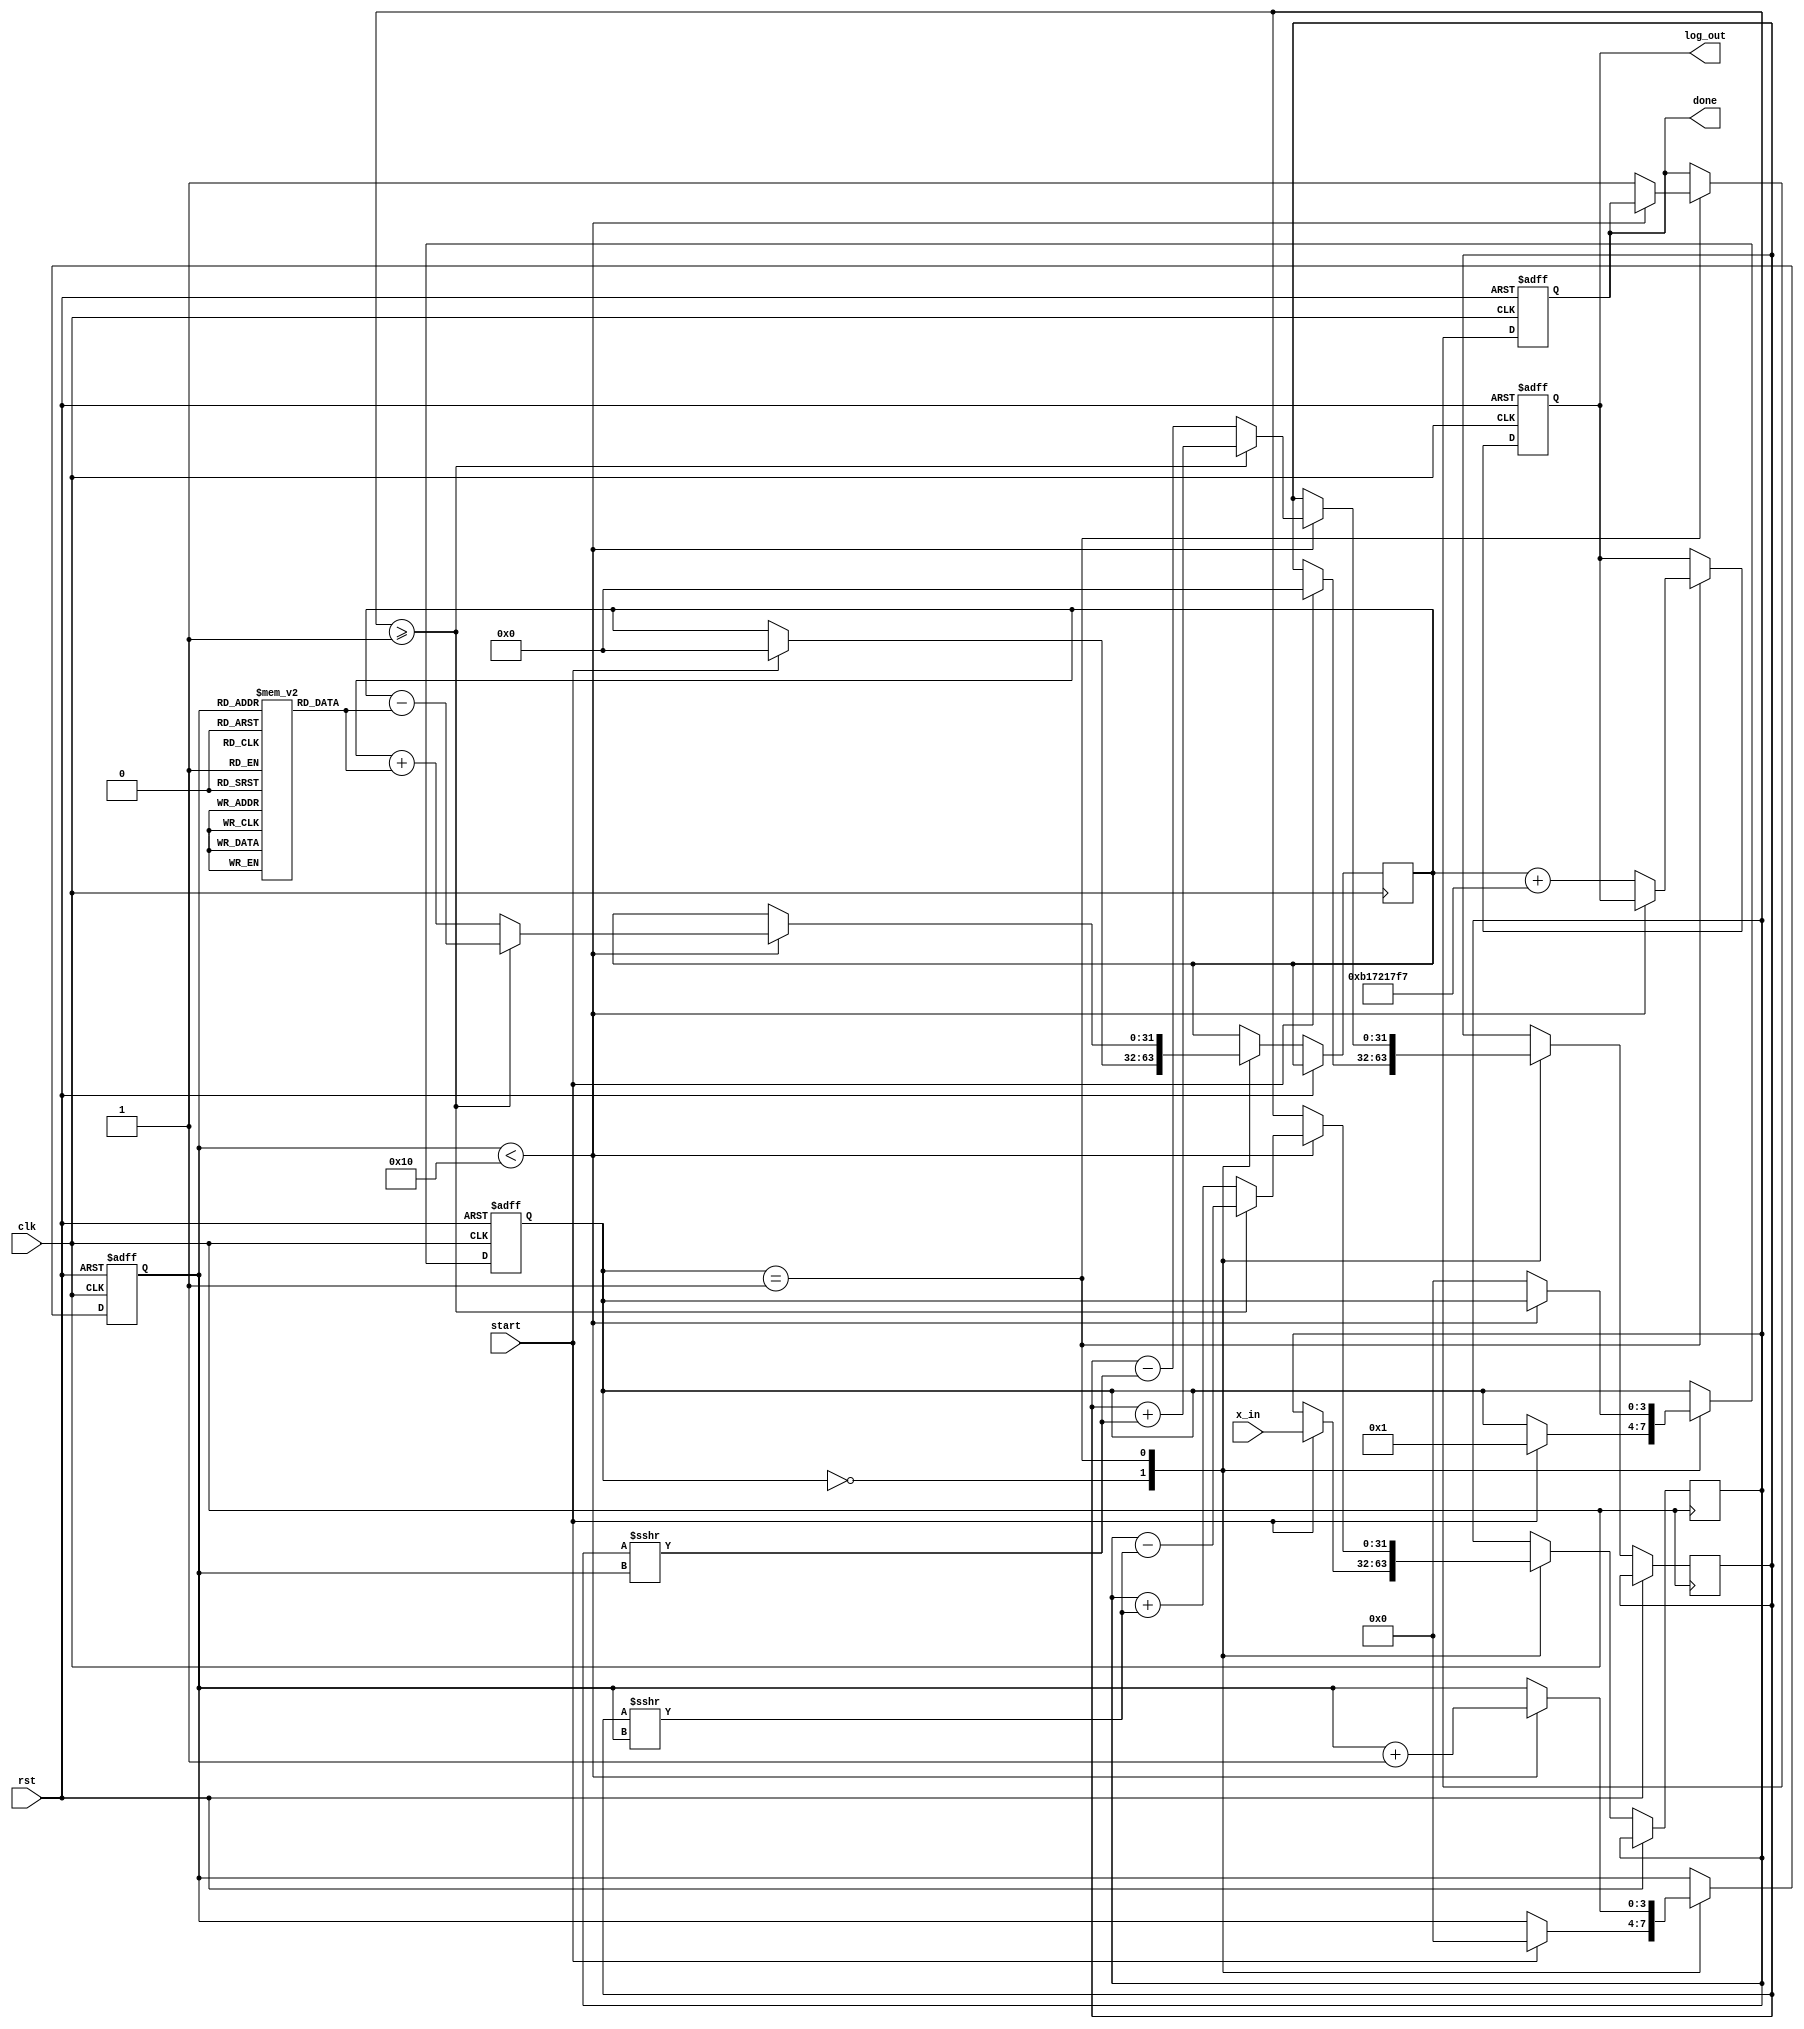
module cordic_log (
    input wire clk,
    input wire rst,
    input wire start,
    input wire [31:0] x_in,  // Input: positive floating-point number
    output reg [31:0] log_out, // Output: computed logarithm
    output reg done // Status signal to indicate completion
);

    parameter NUM_ITERATIONS = 16; // Number of CORDIC iterations
    parameter K = 32'hB17217F7; // Scaling factor (approx. 0.6072 in fixed-point)
    reg [31:0] x;
    reg [31:0] y;
    reg [31:0] z; // Angle accumulator
    reg [31:0] angle [0:NUM_ITERATIONS-1]; // Lookup table for arctangents
    reg [3:0] state; // State machine state
    reg [3:0] iter; // Iteration counter

    initial begin
        // Pre-compute arctangents for each CORDIC angle
        angle[0] = 32'h3248F5C3; // atan(2^-0)
        angle[1] = 32'h1DAC670B; // atan(2^-1)
        angle[2] = 32'h0FAE77D7; // atan(2^-2)
        angle[3] = 32'h07D2C78B; // atan(2^-3)
        angle[4] = 32'h03E1E812; // atan(2^-4)
        angle[5] = 32'h01FF9A82; // atan(2^-5)
        angle[6] = 32'h00FFFB32; // atan(2^-6)
        angle[7] = 32'h007FFF49; // atan(2^-7)
        angle[8] = 32'h003FFFFC; // atan(2^-8)
        angle[9] = 32'h001FFFFE; // atan(2^-9)
        angle[10] = 32'h000FFFFF; // atan(2^-10)
        angle[11] = 32'h0007FFFF; // atan(2^-11)
        angle[12] = 32'h0003FFFF; // atan(2^-12)
        angle[13] = 32'h0001FFFF; // atan(2^-13)
        angle[14] = 32'h0000FFFF; // atan(2^-14)
        angle[15] = 32'h00007FFF; // atan(2^-15)
    end

    // State Machine
    always @(posedge clk or posedge rst) begin
        if (rst) begin
            state <= 0;
            log_out <= 0;
            done <= 0;
            iter <= 0;
        end else begin
            case (state)
                0: begin
                    if (start) begin
                        x <= x_in; // Initialize x input
                        y <= 0; // Initialize y to 0
                        z <= 0; // Initialize angle accumulator to 0
                        state <= 1; // Move to iteration state
                        iter <= 0;  // Reset iteration counter
                    end
                end
                1: begin
                    if (iter < NUM_ITERATIONS) begin
                        // CORDIC rotation logic
                        if (x >= 32'h00000001) begin
                            // Rotate counterclockwise
                            x <= x - (y >>> iter);
                            y <= y + (x >>> iter);
                            z <= z - angle[iter];
                        end else begin
                            // Rotate clockwise
                            x <= x + (y >>> iter);
                            y <= y - (x >>> iter);
                            z <= z + angle[iter];
                        end
                        iter <= iter + 1; // Increment iteration counter
                    end else begin
                        // Final output calculation
                        log_out <= z + K; // Apply scaling factor to output
                        done <= 1; // Indicate computation is complete
                        state <= 0; // Reset state for next calculation
                    end
                end
            endcase
        end
    end
endmodule